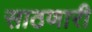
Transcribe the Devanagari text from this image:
साठणारी